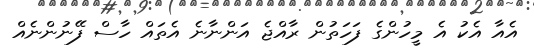
އެއާ އެކު އެ މީހުންގެ ފަހަތުން ރާއްޖެ އަންނާނެ އެތައް ހާސް ފޭނުންނެއް